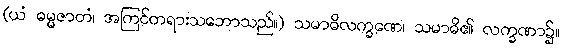
(ယံ ဓမ္မဇာတံ၊ အကြင်တရားသဘောသည်။) သမာဓိလက္ခဏေ၊ သမာဓိ၏ လက္ခဏာ၌။